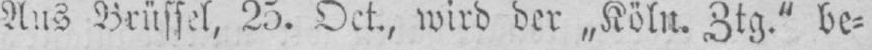
Aus Brüssel, 25. Oct., wird der „Köln. Ztg.” be⸗